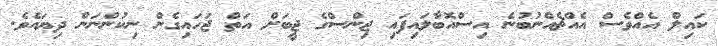
ކައިލް އެއްވެސް އެއްޗެއްނުބުނެ އިސްއޮބާލައިފައި ޖިންސްގެ ޖީބަށް އަތް ޖަހައިގެން ނިކުންނަން ދިޔައެވެ.